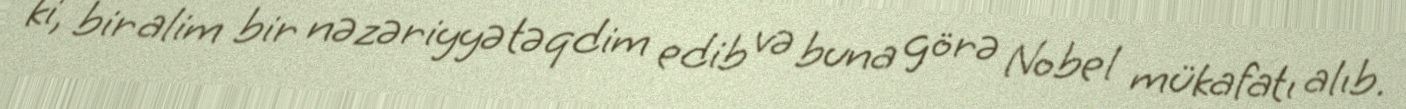
ki, bir alim bir nəzəriyyə təqdim edib və buna görə Nobel mükafatı alıb.